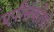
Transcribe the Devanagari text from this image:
एपीसकोपो